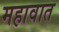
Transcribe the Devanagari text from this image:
महावात